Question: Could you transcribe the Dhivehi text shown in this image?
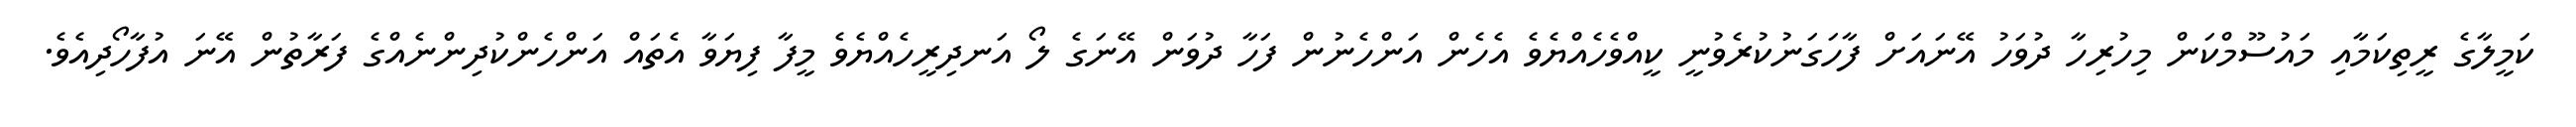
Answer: ކަމީލާގެ ރީތިކަމާއި މައުސޫމްކަން މިހުރިހާ ދުވަހު އޭނައަށް ފާހަގަނުކުރެވުނީ ކީއްވެހެއްޔެވެ އެހެން އަންހެނުން ފަހާ ދުވަން އޭނަގެ ލޯ އަނދިރީހެއްޔެވެ މީފާ ފިޔަވާ އެތައް އަންހެންކުދިންނެއްގެ ފަރާތުން އޭނަ އުފާހޯދިއެވެ.